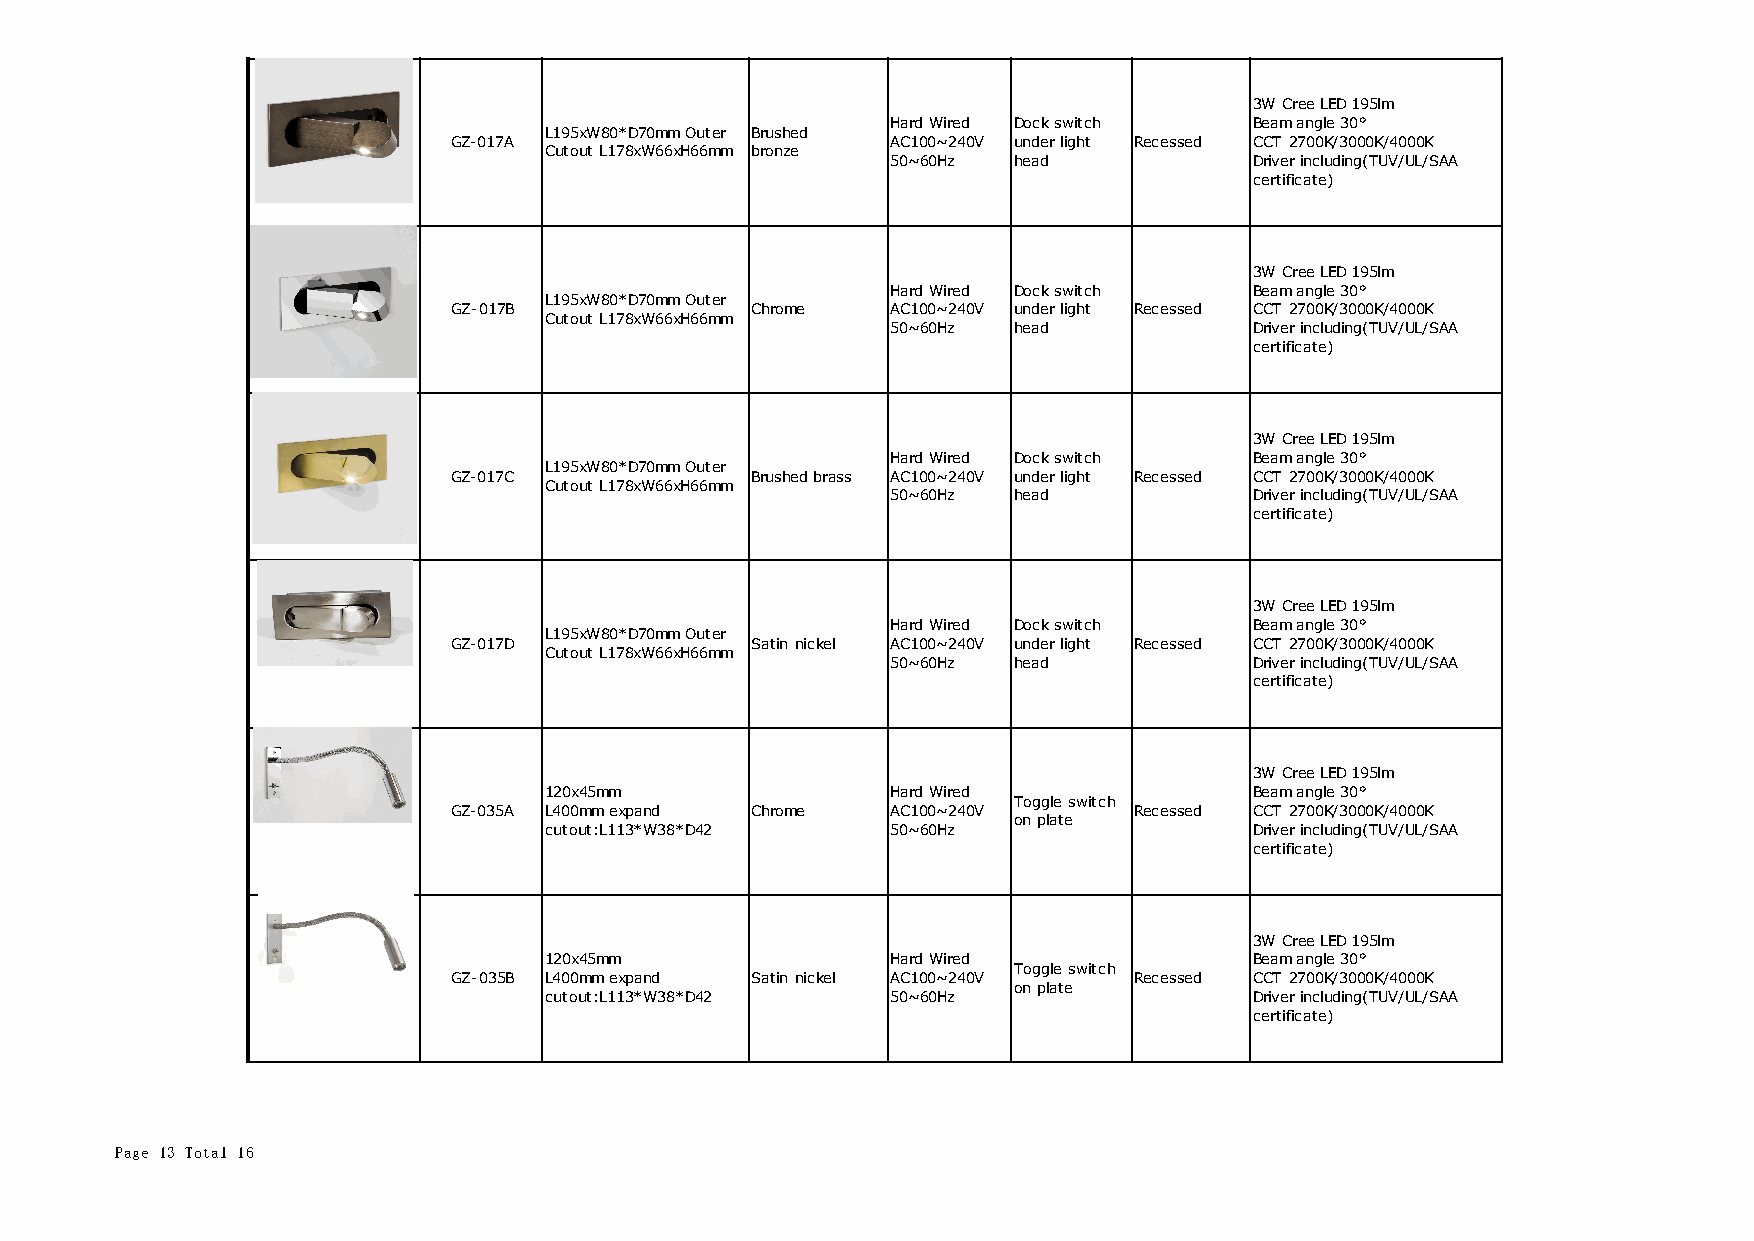
3W Cree LED 195lm
 Hard Wired Dock switch  Beam angle 30°
 L195xW80*D70mm Outer Brushed
 GZ-017A                      AC100~240V under light Recessed CCT 2700K/3000K/4000K
 Cutout L178xW66xH66mm bronze
 50~60Hz head            Driver including(TUV/UL/SAA
 certificate)
 3W Cree LED 195lm
 Hard Wired Dock switch  Beam angle 30°
 L195xW80*D70mm Outer
 GZ-017B             Chrome   AC100~240V under light Recessed CCT 2700K/3000K/4000K
 Cutout L178xW66xH66mm
 50~60Hz head            Driver including(TUV/UL/SAA
 certificate)
 3W Cree LED 195lm
 Hard Wired Dock switch  Beam angle 30°
 L195xW80*D70mm Outer
 GZ-017C             Brushed brass AC100~240V under light Recessed CCT 2700K/3000K/4000K
 Cutout L178xW66xH66mm
 50~60Hz head            Driver including(TUV/UL/SAA
 certificate)
 3W Cree LED 195lm
 Hard Wired Dock switch  Beam angle 30°
 L195xW80*D70mm Outer
 GZ-017D             Satin nickel AC100~240V under light Recessed CCT 2700K/3000K/4000K
 Cutout L178xW66xH66mm
 50~60Hz head            Driver including(TUV/UL/SAA
 certificate)
 3W Cree LED 195lm
 120x45mm               Hard Wired              Beam angle 30°
 Toggle switch
 GZ-035A L400mm expand Chrome AC100~240V      Recessed CCT 2700K/3000K/4000K
 on plate
 cutout:L113*W38*D42    50~60Hz                 Driver including(TUV/UL/SAA
 certificate)
 3W Cree LED 195lm
 120x45mm               Hard Wired              Beam angle 30°
 Toggle switch
 GZ-035B L400mm expand Satin nickel AC100~240V Recessed CCT 2700K/3000K/4000K
 on plate
 cutout:L113*W38*D42    50~60Hz                 Driver including(TUV/UL/SAA
 certificate)
 Page 13 Total 16